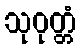
သုဝုတ္တံ